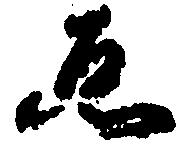
ゑ